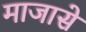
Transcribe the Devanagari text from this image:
माजासे